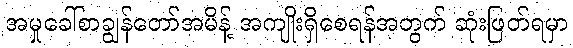
အမှုခေါ်စာချွန်တော်အမိန့် အကျိုးရှိစေရန်အတွက် ဆုံးဖြတ်ရမှာ